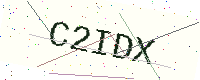
Text: C2IDX